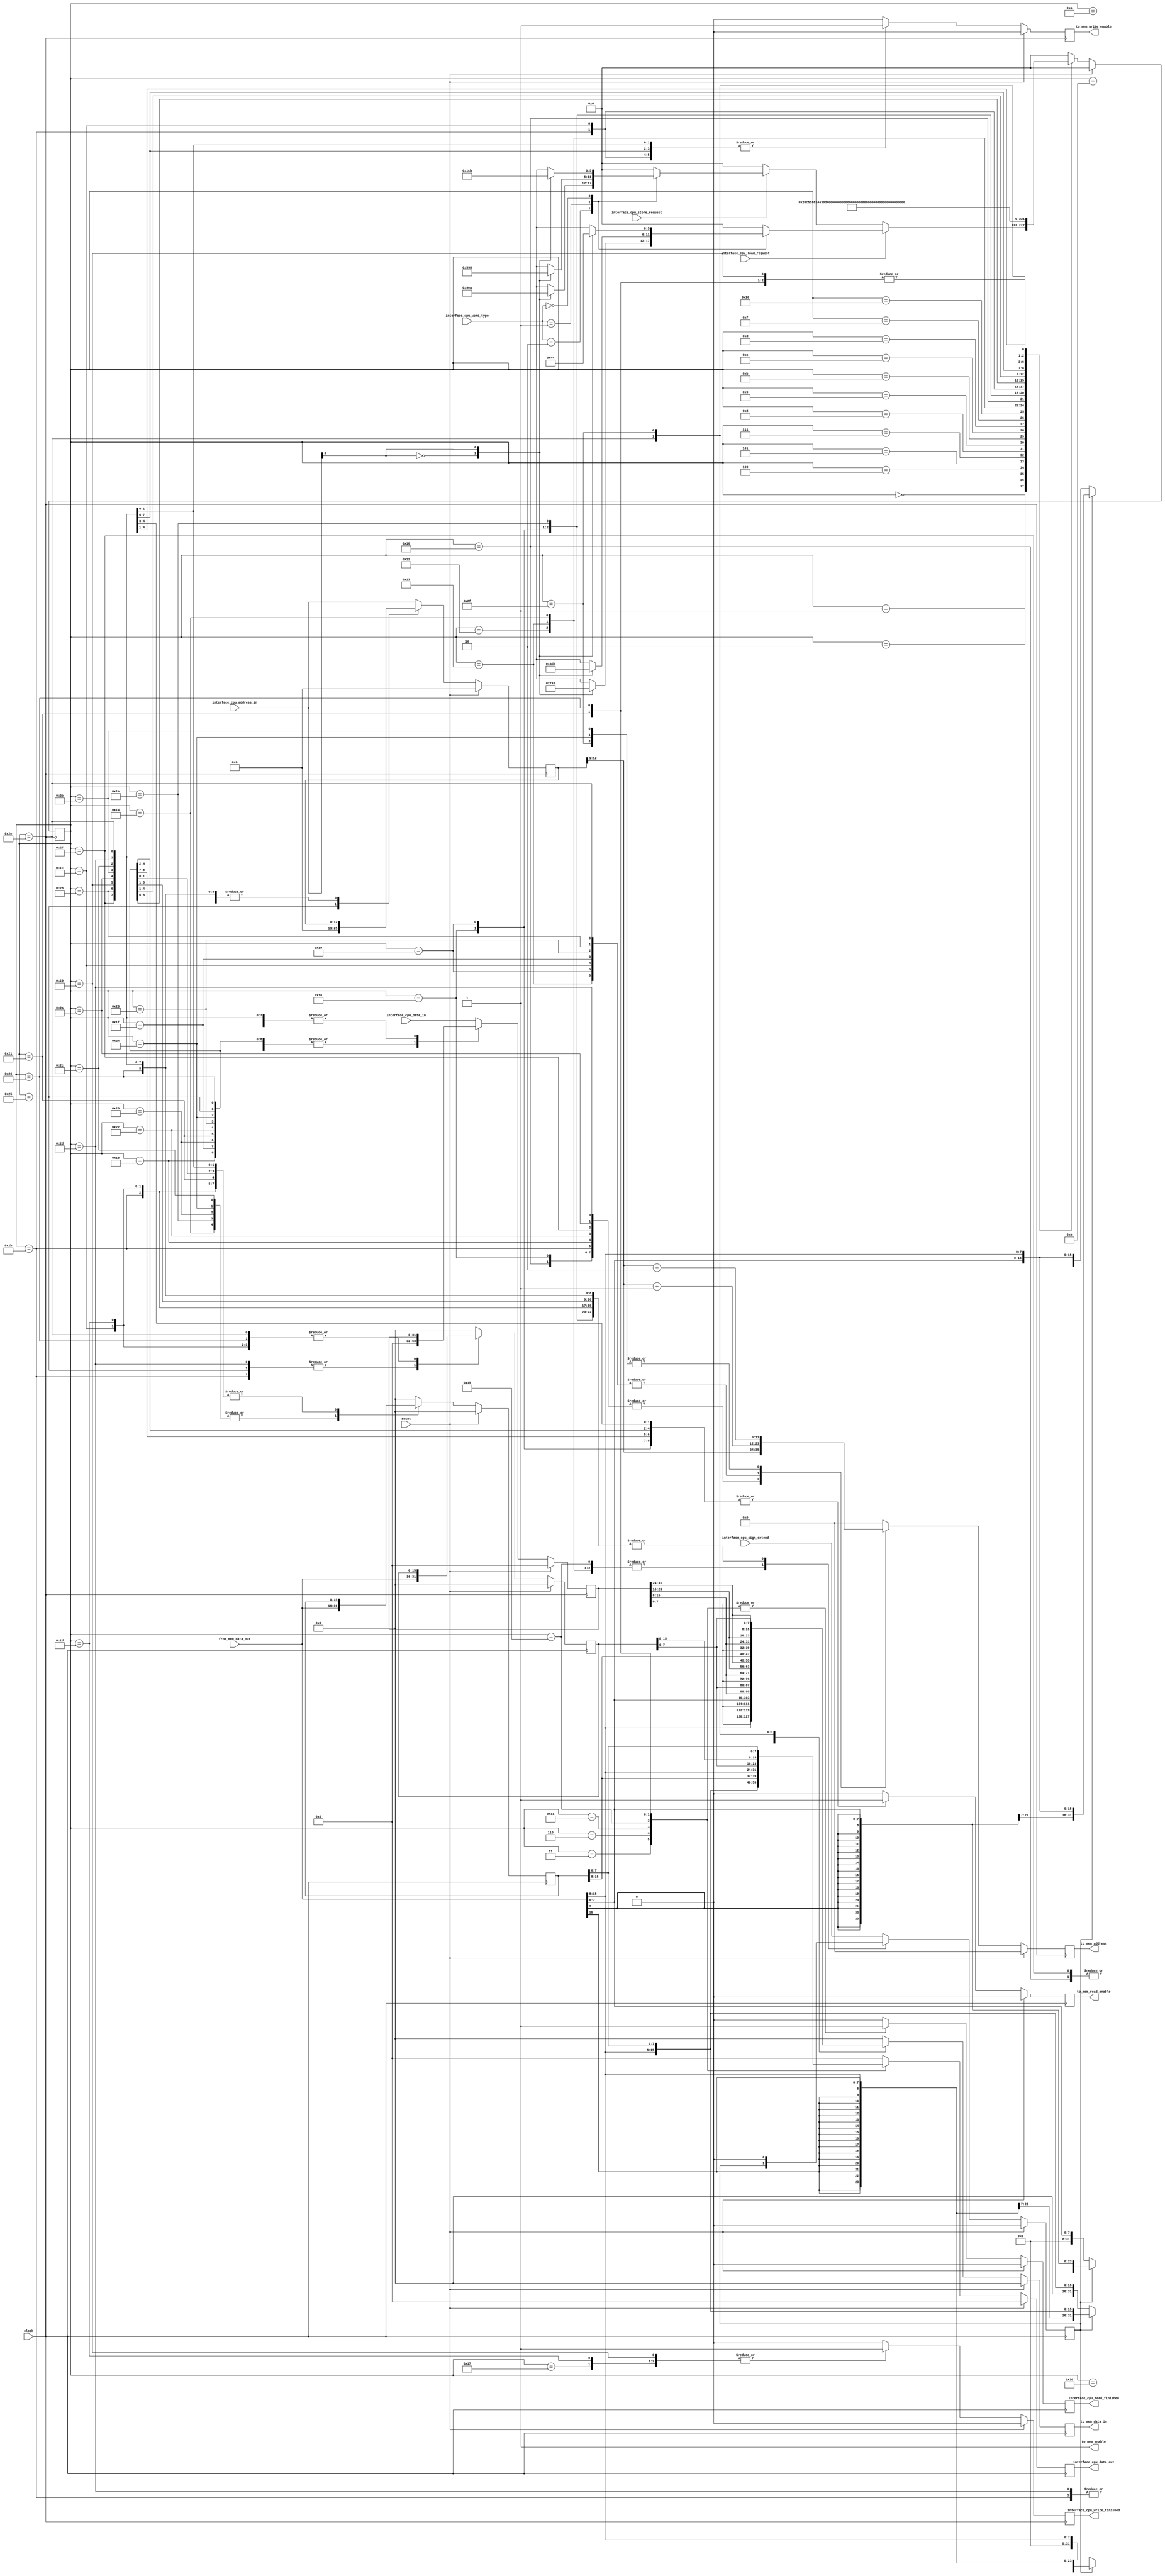
// AUTHORS Group 06 / Lukas Boland
// Friday 08/11/2017

// codes for word_type
`define WORD     2'b10
`define HALFWORD 2'b01
`define BYTE     2'b00

// codes for alignment
`define ALIGNED   1'b0
`define UNALIGNED 1'b1


module memory_interface_simple(

clock                         ,
reset                         ,
interface_cpu_sign_extend     ,
interface_cpu_word_type       ,
interface_cpu_load_request    ,
interface_cpu_store_request   ,
interface_cpu_address_in      ,
interface_cpu_data_in         ,
from_mem_data_out             ,

interface_cpu_read_finished   ,
interface_cpu_write_finished  ,
interface_cpu_data_out ,
to_mem_address            ,
to_mem_data_in            ,
to_mem_read_enable        ,
to_mem_write_enable       ,

to_mem_enable
        
  );


input wire        clock;
input wire        reset;
input wire        interface_cpu_sign_extend;
input wire  [1:0] interface_cpu_word_type;
input wire        interface_cpu_load_request;
input wire        interface_cpu_store_request;
input wire [12:0] interface_cpu_address_in;
input wire [31:0] interface_cpu_data_in;
input wire [15:0] from_mem_data_out;

  
       reg  [5:0] state                        ;
output reg        interface_cpu_read_finished  ;
output reg        interface_cpu_write_finished ;
output reg [31:0] interface_cpu_data_out       ;

       reg [15:0] tmp_value_1            ;
       reg [15:0] tmp_value_2            ;
       reg [31:0] cpu_data_in            ;
       reg [12:0] cpu_address_in         ;
       reg        sign_extend            ;
       
output reg [11:0] to_mem_address            ;
output reg [15:0] to_mem_data_in            ;

output reg        to_mem_read_enable        ;
output reg        to_mem_write_enable       ;   

output wire       to_mem_enable             ;
assign to_mem_enable = 1;
        
        
reg  [5:0] next_state                         ;
reg        next_interface_cpu_read_finished   ;
reg        next_interface_cpu_write_finished  ;
reg [31:0] next_interface_cpu_data_out        ;

reg [15:0] next_tmp_value_1            ;
reg [15:0] next_tmp_value_2            ;
reg [31:0] next_cpu_data_in            ;
reg [12:0] next_cpu_address_in         ;
reg        next_sign_extend            ;

reg [11:0] next_to_mem_address            ;
reg [15:0] next_to_mem_data_in            ;
reg        next_to_mem_read_enable        ;
reg        next_to_mem_write_enable       ;

  
  
localparam  IDLE                         =   6'b00_0000;
localparam  LOAD_BYTE_ALIGNED_1          =   6'b00_0001;
localparam  LOAD_BYTE_ALIGNED_2          =   6'b00_0010;
localparam  LOAD_BYTE_ALIGNED_3          =   6'b00_0011;
localparam  LOAD_BYTE_UNALIGNED_1        =   6'b00_0100;
localparam  LOAD_BYTE_UNALIGNED_2        =   6'b00_0101;
localparam  LOAD_BYTE_UNALIGNED_3        =   6'b00_0110;
localparam  STORE_BYTE_ALIGNED_1         =   6'b00_0111;
localparam  STORE_BYTE_ALIGNED_2         =   6'b00_1000;
localparam  STORE_BYTE_ALIGNED_3         =   6'b00_1001;
localparam  STORE_BYTE_ALIGNED_4         =   6'b00_1010;
localparam  STORE_BYTE_UNALIGNED_1       =   6'b00_1011;
localparam  STORE_BYTE_UNALIGNED_2       =   6'b00_1100;
localparam  STORE_BYTE_UNALIGNED_3       =   6'b00_1101;
localparam  STORE_BYTE_UNALIGNED_4       =   6'b00_1110;
localparam  LOAD_HALFWORD_ALIGNED_1      =   6'b00_1111;
localparam  LOAD_HALFWORD_ALIGNED_2      =   6'b01_0000;
localparam  LOAD_HALFWORD_ALIGNED_3      =   6'b01_0001;
localparam  LOAD_HALFWORD_UNALIGNED_1    =   6'b01_0010;
localparam  LOAD_HALFWORD_UNALIGNED_2    =   6'b01_0011;
localparam  LOAD_HALFWORD_UNALIGNED_3    =   6'b01_0100;
localparam  LOAD_HALFWORD_UNALIGNED_4    =   6'b01_0101;
localparam  STORE_HALFWORD_ALIGNED_1     =   6'b01_0110;
localparam  STORE_HALFWORD_ALIGNED_2     =   6'b01_0111;
localparam  STORE_HALFWORD_UNALIGNED_1   =   6'b01_1000;
localparam  STORE_HALFWORD_UNALIGNED_2   =   6'b01_1001;
localparam  STORE_HALFWORD_UNALIGNED_3   =   6'b01_1010;
localparam  STORE_HALFWORD_UNALIGNED_4   =   6'b01_1011;
localparam  STORE_HALFWORD_UNALIGNED_5   =   6'b01_1100;
localparam  STORE_HALFWORD_UNALIGNED_6   =   6'b01_1101;
localparam  LOAD_WORD_ALIGNED_1          =   6'b01_1110;
localparam  LOAD_WORD_ALIGNED_2          =   6'b01_1111;
localparam  LOAD_WORD_ALIGNED_3          =   6'b10_0000;
localparam  LOAD_WORD_ALIGNED_4          =   6'b10_0001;
localparam  LOAD_WORD_UNALIGNED_1        =   6'b10_0010;
localparam  LOAD_WORD_UNALIGNED_2        =   6'b10_0011;
localparam  LOAD_WORD_UNALIGNED_3        =   6'b10_0100;
localparam  LOAD_WORD_UNALIGNED_4        =   6'b10_0101;
localparam  LOAD_WORD_UNALIGNED_5        =   6'b10_0110;
localparam  STORE_WORD_ALIGNED_1         =   6'b10_0111;
localparam  STORE_WORD_ALIGNED_2         =   6'b10_1000;
localparam  STORE_WORD_ALIGNED_3         =   6'b10_1001;
localparam  STORE_WORD_UNALIGNED_1       =   6'b10_1010;
localparam  STORE_WORD_UNALIGNED_2       =   6'b10_1011;
localparam  STORE_WORD_UNALIGNED_3       =   6'b10_1100;
localparam  STORE_WORD_UNALIGNED_4       =   6'b10_1101;
localparam  STORE_WORD_UNALIGNED_5       =   6'b10_1110;
localparam  STORE_WORD_UNALIGNED_6       =   6'b10_1111;
localparam  STORE_WORD_UNALIGNED_7       =   6'b11_0000;
localparam  FINISHED                     =   6'b11_0001;
                                           
                                           
                                           
                                           
                                           
// 6'b00_0000;                                
// 6'b00_0001;                                
// 6'b00_0010;                                
// 6'b00_0011;                                
// 6'b00_0100;                                
// 6'b00_0101;                                
// 6'b00_0110;                                
// 6'b00_0111;                                
// 6'b00_1000;                                
// 6'b00_1001;                                
// 6'b00_1010;                                
// 6'b00_1011;                                
// 6'b00_1100;                                
// 6'b00_1101;                                
// 6'b00_1110;                                
// 6'b00_1111;
// 6'b01_0000;
// 6'b01_0001;                                
// 6'b01_0010;                                
// 6'b01_0011;
// 6'b01_0100;
// 6'b01_0101;
// 6'b01_0110;
// 6'b01_0111;
// 6'b01_1000;
// 6'b01_1001;
// 6'b01_1010;
// 6'b01_1011;
// 6'b01_1100;
// 6'b01_1101;
// 6'b01_1110;
// 6'b01_1111;
// 6'b10_0000;
// 6'b10_0001;
// 6'b10_0010;
// 6'b10_0011;
// 6'b10_0100;
// 6'b10_0101;
// 6'b10_0110;
// 6'b10_0111;
// 6'b10_1000;
// 6'b10_1001;
// 6'b10_1010;
// 6'b10_1011;
// 6'b10_1100;
// 6'b10_1101;
// 6'b10_1110;
// 6'b10_1111;
// 6'b11_0000;
// 6'b11_0001;
// 6'b11_0010;
// 6'b11_0011;
// 6'b11_0100;
// 6'b11_0101;
// 6'b11_0110;
// 6'b11_0111;
// 6'b11_1000;
// 6'b11_1001;
// 6'b11_1010;
// 6'b11_1011;
// 6'b11_1100;
// 6'b11_1101;
// 6'b11_1110;
// 6'b11_1111;





// output flipflops
  always @(posedge clock) begin
    if (reset) begin
        state                                 <= IDLE;
        interface_cpu_read_finished           <= 0;
        interface_cpu_write_finished          <= 0;
        interface_cpu_data_out                <= 0;
                                              
        tmp_value_1                           <= 0;
        tmp_value_2                           <= 0;
        cpu_data_in                           <= 0;
        cpu_address_in                        <= 0;
        sign_extend                           <= 0;
                                              
        to_mem_address                           <= 0;
        to_mem_data_in                           <= 0;
        to_mem_read_enable                       <= 0;
        to_mem_write_enable                      <= 0;
        
    end
    else begin
        state                                 <= next_state                  ;
        interface_cpu_read_finished           <= next_interface_cpu_read_finished          ;
        interface_cpu_write_finished          <= next_interface_cpu_write_finished         ;
        interface_cpu_data_out                <= next_interface_cpu_data_out ;
                                              
        tmp_value_1                           <= next_tmp_value_1            ;
        tmp_value_2                           <= next_tmp_value_2            ;
        cpu_data_in                           <= next_cpu_data_in            ;
        cpu_address_in                        <= next_cpu_address_in         ;
        sign_extend                           <= next_sign_extend            ;
                                              
        to_mem_address                           <= next_to_mem_address            ;
        to_mem_data_in                           <= next_to_mem_data_in            ;
        to_mem_read_enable                       <= next_to_mem_read_enable        ;
        to_mem_write_enable                      <= next_to_mem_write_enable       ;
    end
  end

  // state transition logic
  always @(*) begin
   case (state)
   
     IDLE: begin
       if (interface_cpu_load_request) begin
        case(interface_cpu_word_type)
            `WORD: begin
                case(interface_cpu_address_in[0])
                    `ALIGNED   : next_state = LOAD_WORD_ALIGNED_1;
                    `UNALIGNED : next_state = LOAD_WORD_UNALIGNED_1;
                endcase
                end
            `HALFWORD: begin
                case(interface_cpu_address_in[0])
                    `ALIGNED   : next_state = LOAD_HALFWORD_ALIGNED_1;
                    `UNALIGNED : next_state = LOAD_HALFWORD_UNALIGNED_1;
                endcase
                end
            `BYTE: begin
                case(interface_cpu_address_in[0])
                    `ALIGNED   : next_state = LOAD_BYTE_ALIGNED_1;
                    `UNALIGNED : next_state = LOAD_BYTE_UNALIGNED_1;
                endcase
                end
			default: next_state = IDLE;
        endcase
       end 
       else if(interface_cpu_store_request) begin
        case(interface_cpu_word_type)
            `WORD: begin
                case(interface_cpu_address_in[0])
                    `ALIGNED   : next_state = STORE_WORD_ALIGNED_1;
                    `UNALIGNED : next_state = STORE_WORD_UNALIGNED_1;
                endcase
                end
            `HALFWORD: begin
                case(interface_cpu_address_in[0])
                    `ALIGNED   : next_state = STORE_HALFWORD_ALIGNED_1;
                    `UNALIGNED : next_state = STORE_HALFWORD_UNALIGNED_1;
                endcase
                end
            `BYTE: begin
                case(interface_cpu_address_in[0])
                    `ALIGNED   : next_state = STORE_BYTE_ALIGNED_1;
                    `UNALIGNED : next_state = STORE_BYTE_UNALIGNED_1;
                endcase
                end
			default: next_state = IDLE;
        endcase
       end 
       else begin
           next_state = IDLE;
       end
     end 
     
     
     
     FINISHED: begin
         next_state = IDLE;
     end
     
     

 // ******************************************************************************************* 
     LOAD_BYTE_ALIGNED_1: begin
         next_state = LOAD_BYTE_ALIGNED_2;
     end
     
     LOAD_BYTE_ALIGNED_2: begin
         next_state = LOAD_BYTE_ALIGNED_3;
     end
     
     LOAD_BYTE_ALIGNED_3: begin
         next_state = FINISHED;
     end
     
 // *******************************************************************************************      
     LOAD_BYTE_UNALIGNED_1: begin
         next_state = LOAD_BYTE_UNALIGNED_2;
     end
     
     LOAD_BYTE_UNALIGNED_2: begin
         next_state = LOAD_BYTE_UNALIGNED_3;
     end
     
     LOAD_BYTE_UNALIGNED_3: begin
         next_state = FINISHED;
     end
     
// *******************************************************************************************     
     STORE_BYTE_ALIGNED_1: begin
         next_state = STORE_BYTE_ALIGNED_2;
     end
     
     STORE_BYTE_ALIGNED_2: begin
         next_state = STORE_BYTE_ALIGNED_3;
     end
     
     STORE_BYTE_ALIGNED_3: begin
         next_state = STORE_BYTE_ALIGNED_4;
     end
     
     STORE_BYTE_ALIGNED_4: begin
         next_state = FINISHED;
     end
     
// ******************************************************************************************* 
     STORE_BYTE_UNALIGNED_1: begin
         next_state = STORE_BYTE_UNALIGNED_2;
     end
     
     STORE_BYTE_UNALIGNED_2: begin
         next_state = STORE_BYTE_UNALIGNED_3;
     end
     
     STORE_BYTE_UNALIGNED_3: begin
         next_state = STORE_BYTE_UNALIGNED_4;
     end
     
     STORE_BYTE_UNALIGNED_4: begin
         next_state = FINISHED;
     end
     
 // ******************************************************************************************* 
     LOAD_HALFWORD_ALIGNED_1: begin
         next_state = LOAD_HALFWORD_ALIGNED_2;
     end
     
     LOAD_HALFWORD_ALIGNED_2: begin
         next_state = LOAD_HALFWORD_ALIGNED_3;
     end
     
     LOAD_HALFWORD_ALIGNED_3: begin
         next_state = FINISHED;
     end

 // ******************************************************************************************* 
     LOAD_HALFWORD_UNALIGNED_1: begin
         next_state = LOAD_HALFWORD_UNALIGNED_2;
     end
     
     LOAD_HALFWORD_UNALIGNED_2: begin
         next_state = LOAD_HALFWORD_UNALIGNED_3;
     end
     
     LOAD_HALFWORD_UNALIGNED_3: begin
         next_state = LOAD_HALFWORD_UNALIGNED_4;
     end
     
     LOAD_HALFWORD_UNALIGNED_4: begin
         next_state = FINISHED;
     end
     
 // ******************************************************************************************* 
     STORE_HALFWORD_ALIGNED_1: begin
         next_state = STORE_HALFWORD_ALIGNED_2;
     end
         
     STORE_HALFWORD_ALIGNED_2: begin
         next_state = FINISHED;
     end
     
 // ******************************************************************************************* 
     STORE_HALFWORD_UNALIGNED_1: begin
         next_state = STORE_HALFWORD_UNALIGNED_2;
     end
         
     STORE_HALFWORD_UNALIGNED_2: begin
         next_state = STORE_HALFWORD_UNALIGNED_3;
     end
     
     STORE_HALFWORD_UNALIGNED_3: begin
         next_state = STORE_HALFWORD_UNALIGNED_4;
     end
         
     STORE_HALFWORD_UNALIGNED_4: begin
         next_state = STORE_HALFWORD_UNALIGNED_5;
     end
     
     STORE_HALFWORD_UNALIGNED_5: begin
         next_state = STORE_HALFWORD_UNALIGNED_6;
     end
     
     STORE_HALFWORD_UNALIGNED_6: begin
         next_state = FINISHED;
     end
     
 // ******************************************************************************************* 
     LOAD_WORD_ALIGNED_1: begin
         next_state = LOAD_WORD_ALIGNED_2;
     end
     
     LOAD_WORD_ALIGNED_2: begin
         next_state = LOAD_WORD_ALIGNED_3;
     end
     
     LOAD_WORD_ALIGNED_3: begin
         next_state = LOAD_WORD_ALIGNED_4;
     end
     
     LOAD_WORD_ALIGNED_4: begin
         next_state = FINISHED;
     end
     
 // ******************************************************************************************* 
     LOAD_WORD_UNALIGNED_1: begin
         next_state = LOAD_WORD_UNALIGNED_2;
     end
     
     LOAD_WORD_UNALIGNED_2: begin
         next_state = LOAD_WORD_UNALIGNED_3;
     end
     
     LOAD_WORD_UNALIGNED_3: begin
         next_state = LOAD_WORD_UNALIGNED_4;
     end
     
     LOAD_WORD_UNALIGNED_4: begin
         next_state = LOAD_WORD_UNALIGNED_5;
     end
     
     LOAD_WORD_UNALIGNED_5: begin
         next_state = FINISHED;
     end
     
 // ******************************************************************************************* 
     STORE_WORD_ALIGNED_1: begin
         next_state = STORE_WORD_ALIGNED_2;
     end
     
     STORE_WORD_ALIGNED_2: begin
         next_state = STORE_WORD_ALIGNED_3;
     end
     
     STORE_WORD_ALIGNED_3: begin
         next_state = FINISHED;
     end
     
 // ******************************************************************************************* 
     STORE_WORD_UNALIGNED_1: begin
         next_state = STORE_WORD_UNALIGNED_2;
     end
     
     STORE_WORD_UNALIGNED_2: begin
         next_state = STORE_WORD_UNALIGNED_3;
     end
     
     STORE_WORD_UNALIGNED_3: begin
         next_state = STORE_WORD_UNALIGNED_4;
     end
     
     STORE_WORD_UNALIGNED_4: begin
         next_state = STORE_WORD_UNALIGNED_5;
     end
     
     STORE_WORD_UNALIGNED_5: begin
         next_state = STORE_WORD_UNALIGNED_6;
     end
     
     STORE_WORD_UNALIGNED_6: begin
         next_state = STORE_WORD_UNALIGNED_7;
     end
     
     STORE_WORD_UNALIGNED_7: begin
         next_state = FINISHED;
     end

 // ******************************************************************************************* 
	default: begin
		next_state = IDLE;
	end

   endcase // state
  end
  


// output logic
  always @(*) begin
    case (state)

    IDLE: begin
      next_interface_cpu_read_finished            = 0;
      next_interface_cpu_write_finished           = 0;
      next_interface_cpu_data_out   = 0;
      
      next_tmp_value_1              = 0;
      next_tmp_value_2              = 0;
      next_cpu_data_in              = interface_cpu_data_in;
      next_cpu_address_in           = interface_cpu_address_in;
      next_sign_extend              = interface_cpu_sign_extend;

      next_to_mem_address              = 0;
      next_to_mem_data_in              = 0;
      next_to_mem_read_enable          = 0;
      next_to_mem_write_enable         = 0;

    end 
    
    
    
    FINISHED: begin
      next_interface_cpu_read_finished            = 0;
      next_interface_cpu_write_finished           = 0;
      next_interface_cpu_data_out   = 0;
      
      next_tmp_value_1              = 0;
      next_tmp_value_2              = 0;
      next_cpu_data_in              = interface_cpu_data_in;
      next_cpu_address_in           = interface_cpu_address_in;
      next_sign_extend              = interface_cpu_sign_extend;

      next_to_mem_address              = 0;
      next_to_mem_data_in              = 0;
      next_to_mem_read_enable          = 0;
      next_to_mem_write_enable         = 0;

    end 

// *******************************************************************************************    
    LOAD_BYTE_ALIGNED_1: begin
      next_interface_cpu_read_finished            = 0;
      next_interface_cpu_write_finished           = 0;
      next_interface_cpu_data_out   = 0;
      
      next_tmp_value_1              = 0;
      next_tmp_value_2              = 0;
      next_cpu_data_in              = 0;
      next_cpu_address_in           = cpu_address_in;
      next_sign_extend              = sign_extend;

      next_to_mem_address              = cpu_address_in[12:1];
      next_to_mem_data_in              = 0;
      next_to_mem_read_enable          = 1;
      next_to_mem_write_enable         = 0;

    end 
    
    LOAD_BYTE_ALIGNED_2: begin
      next_interface_cpu_read_finished            = 0;
      next_interface_cpu_write_finished           = 0;
      next_interface_cpu_data_out   = 0;
      
      next_tmp_value_1              = 0;
      next_tmp_value_2              = 0;
      next_cpu_data_in              = 0;
      next_cpu_address_in           = cpu_address_in;
      next_sign_extend              = sign_extend;

      next_to_mem_address              = 0;
      next_to_mem_data_in              = 0;
      next_to_mem_read_enable          = 0;
      next_to_mem_write_enable         = 0;

    end 

    LOAD_BYTE_ALIGNED_3: begin
      next_interface_cpu_read_finished            = 1;
      next_interface_cpu_write_finished           = 0;
      next_interface_cpu_data_out   = (sign_extend) ? { {24 {from_mem_data_out[7]}}, from_mem_data_out[7:0]} : { 24'h000000, from_mem_data_out[7:0]};
      
      next_tmp_value_1              = 0;
      next_tmp_value_2              = 0;
      next_cpu_data_in              = 0;
      next_cpu_address_in           = cpu_address_in;
      next_sign_extend              = sign_extend;

      next_to_mem_address              = 0;
      next_to_mem_data_in              = 0;
      next_to_mem_read_enable          = 0;
      next_to_mem_write_enable         = 0;

    end 
    
// *******************************************************************************************
    LOAD_BYTE_UNALIGNED_1: begin
      next_interface_cpu_read_finished            = 0;
      next_interface_cpu_write_finished           = 0;
      next_interface_cpu_data_out   = 0;
      
      next_tmp_value_1              = 0;
      next_tmp_value_2              = 0;
      next_cpu_data_in              = 0;
      next_cpu_address_in           = cpu_address_in;
      next_sign_extend              = sign_extend;

      next_to_mem_address              = cpu_address_in[12:1];
      next_to_mem_data_in              = 0;
      next_to_mem_read_enable          = 1;
      next_to_mem_write_enable         = 0;

    end 
    
    LOAD_BYTE_UNALIGNED_2: begin
      next_interface_cpu_read_finished            = 0;
      next_interface_cpu_write_finished           = 0;
      next_interface_cpu_data_out   = 0;
      
      next_tmp_value_1              = 0;
      next_tmp_value_2              = 0;
      next_cpu_data_in              = 0;
      next_cpu_address_in           = cpu_address_in;
      next_sign_extend              = sign_extend;

      next_to_mem_address              = 0;
      next_to_mem_data_in              = 0;
      next_to_mem_read_enable          = 0;
      next_to_mem_write_enable         = 0;

    end 

    LOAD_BYTE_UNALIGNED_3: begin
      next_interface_cpu_read_finished            = 1;
      next_interface_cpu_write_finished           = 0;
      next_interface_cpu_data_out   = (sign_extend) ? { {24 {from_mem_data_out[15]}}, from_mem_data_out[15:8]} : { 24'h000000, from_mem_data_out[15:8]};
      
      next_tmp_value_1              = 0;
      next_tmp_value_2              = 0;
      next_cpu_data_in              = 0;
      next_cpu_address_in           = cpu_address_in;
      next_sign_extend              = sign_extend;

      next_to_mem_address              = 0;
      next_to_mem_data_in              = 0;
      next_to_mem_read_enable          = 0;
      next_to_mem_write_enable         = 0;

    end 
    
// *******************************************************************************************
    STORE_BYTE_ALIGNED_1: begin
      next_interface_cpu_read_finished            = 0;
      next_interface_cpu_write_finished           = 0;
      next_interface_cpu_data_out   = 0;
      
      next_tmp_value_1              = 0;
      next_tmp_value_2              = 0;
      next_cpu_data_in              = cpu_data_in;
      next_cpu_address_in           = cpu_address_in;
      next_sign_extend              = 0;

      next_to_mem_address              = cpu_address_in[12:1];
      next_to_mem_data_in              = 0;
      next_to_mem_read_enable          = 1;
      next_to_mem_write_enable         = 0;

    end 
    
    STORE_BYTE_ALIGNED_2: begin
      next_interface_cpu_read_finished            = 0;
      next_interface_cpu_write_finished           = 0;
      next_interface_cpu_data_out   = 0;
      
      next_tmp_value_1              = 0;
      next_tmp_value_2              = 0;
      next_cpu_data_in              = cpu_data_in;
      next_cpu_address_in           = cpu_address_in;
      next_sign_extend              = sign_extend;

      next_to_mem_address              = 0;
      next_to_mem_data_in              = 0;
      next_to_mem_read_enable          = 0;
      next_to_mem_write_enable         = 0;

    end 

    STORE_BYTE_ALIGNED_3: begin
      next_interface_cpu_read_finished            = 0;
      next_interface_cpu_write_finished           = 0;
      next_interface_cpu_data_out   = 0;
      
      next_tmp_value_1              = 0;
      next_tmp_value_2              = 0;
      next_cpu_data_in              = cpu_data_in;
      next_cpu_address_in           = cpu_address_in;
      next_sign_extend              = 0;

      next_to_mem_address              = cpu_address_in[12:1];
      next_to_mem_data_in              = {from_mem_data_out[15:8], cpu_data_in[7:0]};
      next_to_mem_read_enable          = 0;
      next_to_mem_write_enable         = 1;

    end    
    
    STORE_BYTE_ALIGNED_4: begin
      next_interface_cpu_read_finished            = 0;
      next_interface_cpu_write_finished           = 1;
      next_interface_cpu_data_out   = 0;
      
      next_tmp_value_1              = 0;
      next_tmp_value_2              = 0;
      next_cpu_data_in              = cpu_data_in;
      next_cpu_address_in           = cpu_address_in;
      next_sign_extend              = 0;

      next_to_mem_address              = 0;
      next_to_mem_data_in              = 0;
      next_to_mem_read_enable          = 0;
      next_to_mem_write_enable         = 0;

    end    
    
// *******************************************************************************************
    STORE_BYTE_UNALIGNED_1: begin
      next_interface_cpu_read_finished            = 0;
      next_interface_cpu_write_finished           = 0;
      next_interface_cpu_data_out   = 0;
      
      next_tmp_value_1              = 0;
      next_tmp_value_2              = 0;
      next_cpu_data_in              = cpu_data_in;
      next_cpu_address_in           = cpu_address_in;
      next_sign_extend              = 0;

      next_to_mem_address              = cpu_address_in[12:1];
      next_to_mem_data_in              = 0;
      next_to_mem_read_enable          = 1;
      next_to_mem_write_enable         = 0;

    end 
    
    STORE_BYTE_UNALIGNED_2: begin
      next_interface_cpu_read_finished            = 0;
      next_interface_cpu_write_finished           = 0;
      next_interface_cpu_data_out   = 0;
      
      next_tmp_value_1              = 0;
      next_tmp_value_2              = 0;
      next_cpu_data_in              = cpu_data_in;
      next_cpu_address_in           = cpu_address_in;
      next_sign_extend              = sign_extend;

      next_to_mem_address              = 0;
      next_to_mem_data_in              = 0;
      next_to_mem_read_enable          = 0;
      next_to_mem_write_enable         = 0;

    end 

    STORE_BYTE_UNALIGNED_3: begin
      next_interface_cpu_read_finished            = 0;
      next_interface_cpu_write_finished           = 0;
      next_interface_cpu_data_out   = 0;
      
      next_tmp_value_1              = 0;
      next_tmp_value_2              = 0;
      next_cpu_data_in              = cpu_data_in;
      next_cpu_address_in           = cpu_address_in;
      next_sign_extend              = 0;

      next_to_mem_address              = cpu_address_in[12:1];
      next_to_mem_data_in              = {cpu_data_in[7:0], from_mem_data_out[7:0]};
      next_to_mem_read_enable          = 0;
      next_to_mem_write_enable         = 1;

    end    
    
    STORE_BYTE_UNALIGNED_4: begin
      next_interface_cpu_read_finished            = 0;
      next_interface_cpu_write_finished           = 1;
      next_interface_cpu_data_out   = 0;
      
      next_tmp_value_1              = 0;
      next_tmp_value_2              = 0;
      next_cpu_data_in              = cpu_data_in;
      next_cpu_address_in           = cpu_address_in;
      next_sign_extend              = 0;

      next_to_mem_address              = 0;
      next_to_mem_data_in              = 0;
      next_to_mem_read_enable          = 0;
      next_to_mem_write_enable         = 0;

    end    
    
// *******************************************************************************************
    LOAD_HALFWORD_ALIGNED_1: begin
      next_interface_cpu_read_finished            = 0;
      next_interface_cpu_write_finished           = 0;
      next_interface_cpu_data_out   = 0;
      
      next_tmp_value_1              = 0;
      next_tmp_value_2              = 0;
      next_cpu_data_in              = 0;
      next_cpu_address_in           = cpu_address_in;
      next_sign_extend              = sign_extend;

      next_to_mem_address              = cpu_address_in[12:1];
      next_to_mem_data_in              = 0;
      next_to_mem_read_enable          = 1;
      next_to_mem_write_enable         = 0;

    end 

    LOAD_HALFWORD_ALIGNED_2: begin
      next_interface_cpu_read_finished            = 0;
      next_interface_cpu_write_finished           = 0;
      next_interface_cpu_data_out   = 0;
      
      next_tmp_value_1              = 0;
      next_tmp_value_2              = 0;
      next_cpu_data_in              = 0;
      next_cpu_address_in           = cpu_address_in;
      next_sign_extend              = sign_extend;

      next_to_mem_address              = 0;
      next_to_mem_data_in              = 0;
      next_to_mem_read_enable          = 0;
      next_to_mem_write_enable         = 0;

    end 
    
    LOAD_HALFWORD_ALIGNED_3: begin
      next_interface_cpu_read_finished            = 1;
      next_interface_cpu_write_finished           = 0;
      next_interface_cpu_data_out   = (sign_extend) ? { {16 {from_mem_data_out[7]}}, from_mem_data_out[7:0], from_mem_data_out[15:8]} : { 16'h0000, from_mem_data_out[7:0], from_mem_data_out[15:8]}; // little endian im speicher
      
      next_tmp_value_1              = 0;
      next_tmp_value_2              = 0;
      next_cpu_data_in              = 0;
      next_cpu_address_in           = cpu_address_in;
      next_sign_extend              = sign_extend;

      next_to_mem_address              = 0;
      next_to_mem_data_in              = 0;
      next_to_mem_read_enable          = 0;
      next_to_mem_write_enable         = 0;

    end 
    
   
 // *******************************************************************************************   
     LOAD_HALFWORD_UNALIGNED_1: begin
      next_interface_cpu_read_finished            = 0;
      next_interface_cpu_write_finished           = 0;
      next_interface_cpu_data_out   = 0;
      
      next_tmp_value_1              = 0;
      next_tmp_value_2              = 0;
      next_cpu_data_in              = 0;
      next_cpu_address_in           = cpu_address_in;
      next_sign_extend              = sign_extend;

      next_to_mem_address              = cpu_address_in[12:1];
      next_to_mem_data_in              = 0;
      next_to_mem_read_enable          = 1;
      next_to_mem_write_enable         = 0;

    end 

    LOAD_HALFWORD_UNALIGNED_2: begin
      next_interface_cpu_read_finished            = 0;
      next_interface_cpu_write_finished           = 0;
      next_interface_cpu_data_out   = 0;
      
      next_tmp_value_1              = 0;
      next_tmp_value_2              = 0;
      next_cpu_data_in              = 0;
      next_cpu_address_in           = cpu_address_in;
      next_sign_extend              = sign_extend;

      next_to_mem_address              = cpu_address_in[12:1] + 1;
      next_to_mem_data_in              = 0;
      next_to_mem_read_enable          = 1;
      next_to_mem_write_enable         = 0;

    end 
    
    LOAD_HALFWORD_UNALIGNED_3: begin
      next_interface_cpu_read_finished            = 0;
      next_interface_cpu_write_finished           = 0;
      next_interface_cpu_data_out   = 0;
      
      next_tmp_value_1              = from_mem_data_out;
      next_tmp_value_2              = 0;
      next_cpu_data_in              = 0;
      next_cpu_address_in           = cpu_address_in;
      next_sign_extend              = sign_extend;

      next_to_mem_address              = 0;
      next_to_mem_data_in              = 0;
      next_to_mem_read_enable          = 0;
      next_to_mem_write_enable         = 0;

    end 
    
    LOAD_HALFWORD_UNALIGNED_4: begin
      next_interface_cpu_read_finished            = 1;
      next_interface_cpu_write_finished           = 0;
      next_interface_cpu_data_out   = (sign_extend) ? { {16 {from_mem_data_out[15]}}, from_mem_data_out[15:8], tmp_value_1[7:0]} : { 16'h0000, from_mem_data_out[15:8], tmp_value_1[7:0]}; // little endian im speicher
      
      next_tmp_value_1              = tmp_value_1;
      next_tmp_value_2              = 0;
      next_cpu_data_in              = 0;
      next_cpu_address_in           = cpu_address_in;
      next_sign_extend              = sign_extend;

      next_to_mem_address              = 0;
      next_to_mem_data_in              = 0;
      next_to_mem_read_enable          = 0;
      next_to_mem_write_enable         = 0;

    end 
   
 // *******************************************************************************************    
    STORE_HALFWORD_ALIGNED_1: begin
      next_interface_cpu_read_finished            = 0;
      next_interface_cpu_write_finished           = 0;
      next_interface_cpu_data_out   = 0;
      
      next_tmp_value_1              = 0;
      next_tmp_value_2              = 0;
      next_cpu_data_in              = cpu_data_in; 
      next_cpu_address_in           = cpu_address_in;
      next_sign_extend              = 0;

      next_to_mem_address              = cpu_address_in[12:1];
      next_to_mem_data_in              = {cpu_data_in[7:0], cpu_data_in[15:8]}; // little endian im speicher
      next_to_mem_read_enable          = 0;
      next_to_mem_write_enable         = 1;

    end 

    STORE_HALFWORD_ALIGNED_2: begin
      next_interface_cpu_read_finished            = 0;
      next_interface_cpu_write_finished           = 1;
      next_interface_cpu_data_out   = 0;
      
      next_tmp_value_1              = 0;
      next_tmp_value_2              = 0;
      next_cpu_data_in              = cpu_data_in;
      next_cpu_address_in           = cpu_address_in;
      next_sign_extend              = 0;

      next_to_mem_address              = 0;
      next_to_mem_data_in              = 0;
      next_to_mem_read_enable          = 0;
      next_to_mem_write_enable         = 0;

    end 
   
 // *******************************************************************************************   
    STORE_HALFWORD_UNALIGNED_1: begin
      next_interface_cpu_read_finished            = 0;
      next_interface_cpu_write_finished           = 0;
      next_interface_cpu_data_out   = 0;
      
      next_tmp_value_1              = 0;
      next_tmp_value_2              = 0;
      next_cpu_data_in              = cpu_data_in; 
      next_cpu_address_in           = cpu_address_in;
      next_sign_extend              = 0;

      next_to_mem_address              = cpu_address_in[12:1];
      next_to_mem_data_in              = 0;
      next_to_mem_read_enable          = 1;
      next_to_mem_write_enable         = 0;

    end 

    STORE_HALFWORD_UNALIGNED_2: begin
      next_interface_cpu_read_finished            = 0;
      next_interface_cpu_write_finished           = 0;
      next_interface_cpu_data_out   = 0;
      
      next_tmp_value_1              = 0;
      next_tmp_value_2              = 0;
      next_cpu_data_in              = cpu_data_in;
      next_cpu_address_in           = cpu_address_in;
      next_sign_extend              = 0;

      next_to_mem_address              = cpu_address_in[12:1] + 1;
      next_to_mem_data_in              = 0;
      next_to_mem_read_enable          = 1;
      next_to_mem_write_enable         = 0;

    end 
    
    STORE_HALFWORD_UNALIGNED_3: begin
      next_interface_cpu_read_finished            = 0;
      next_interface_cpu_write_finished           = 0;
      next_interface_cpu_data_out   = 0;
      
      next_tmp_value_1              = from_mem_data_out;
      next_tmp_value_2              = 0;
      next_cpu_data_in              = cpu_data_in;
      next_cpu_address_in           = cpu_address_in;
      next_sign_extend              = 0;

      next_to_mem_address              = 0;
      next_to_mem_data_in              = 0;
      next_to_mem_read_enable          = 0;
      next_to_mem_write_enable         = 0;

    end 
    
    STORE_HALFWORD_UNALIGNED_4: begin
      next_interface_cpu_read_finished            = 0;
      next_interface_cpu_write_finished           = 0;
      next_interface_cpu_data_out   = 0;
      
      next_tmp_value_1              = tmp_value_1;
      next_tmp_value_2              = from_mem_data_out;
      next_cpu_data_in              = cpu_data_in;
      next_cpu_address_in           = cpu_address_in;
      next_sign_extend              = 0;

      next_to_mem_address              = cpu_address_in[12:1];
      next_to_mem_data_in              = {tmp_value_1[15:8], cpu_data_in[7:0]};
      next_to_mem_read_enable          = 0;
      next_to_mem_write_enable         = 1;

    end 
    
    STORE_HALFWORD_UNALIGNED_5: begin
      next_interface_cpu_read_finished            = 0;
      next_interface_cpu_write_finished           = 0;
      next_interface_cpu_data_out   = 0;
      
      next_tmp_value_1              = tmp_value_1;
      next_tmp_value_2              = tmp_value_2;
      next_cpu_data_in              = cpu_data_in;
      next_cpu_address_in           = cpu_address_in;
      next_sign_extend              = 0;

      next_to_mem_address              = cpu_address_in[12:1] + 1;
      next_to_mem_data_in              = {cpu_data_in[15:8], tmp_value_2[7:0]};
      next_to_mem_read_enable          = 0;
      next_to_mem_write_enable         = 1;

    end 
    
    STORE_HALFWORD_UNALIGNED_6: begin
      next_interface_cpu_read_finished            = 0;
      next_interface_cpu_write_finished           = 1;
      next_interface_cpu_data_out   = 0;
      
      next_tmp_value_1              = tmp_value_1;
      next_tmp_value_2              = tmp_value_2;
      next_cpu_data_in              = cpu_data_in;
      next_cpu_address_in           = cpu_address_in;
      next_sign_extend              = 0;

      next_to_mem_address              = 0;
      next_to_mem_data_in              = 0;
      next_to_mem_read_enable          = 0;
      next_to_mem_write_enable         = 0;

    end 
   
 // *******************************************************************************************   
     LOAD_WORD_ALIGNED_1: begin
      next_interface_cpu_read_finished            = 0;
      next_interface_cpu_write_finished           = 0;
      next_interface_cpu_data_out   = 0;
      
      next_tmp_value_1              = 0;
      next_tmp_value_2              = 0;
      next_cpu_data_in              = 0;
      next_cpu_address_in           = cpu_address_in;
      next_sign_extend              = 0;

      next_to_mem_address              = cpu_address_in[12:1];
      next_to_mem_data_in              = 0;
      next_to_mem_read_enable          = 1;
      next_to_mem_write_enable         = 0;

    end 

    LOAD_WORD_ALIGNED_2: begin
      next_interface_cpu_read_finished            = 0;
      next_interface_cpu_write_finished           = 0;
      next_interface_cpu_data_out   = 0;
      
      next_tmp_value_1              = 0;
      next_tmp_value_2              = 0;
      next_cpu_data_in              = 0;
      next_cpu_address_in           = cpu_address_in;
      next_sign_extend              = 0;

      next_to_mem_address              = cpu_address_in[12:1] + 1;
      next_to_mem_data_in              = 0;
      next_to_mem_read_enable          = 1;
      next_to_mem_write_enable         = 0;

    end 
    
    LOAD_WORD_ALIGNED_3: begin
      next_interface_cpu_read_finished            = 0;
      next_interface_cpu_write_finished           = 0;
      next_interface_cpu_data_out   = 0;
      
      next_tmp_value_1              = from_mem_data_out;
      next_tmp_value_2              = 0;
      next_cpu_data_in              = 0;
      next_cpu_address_in           = cpu_address_in;
      next_sign_extend              = 0;

      next_to_mem_address              = 0;
      next_to_mem_data_in              = 0;
      next_to_mem_read_enable          = 0;
      next_to_mem_write_enable         = 0;

    end 
    
    
    
    LOAD_WORD_ALIGNED_4: begin
      next_interface_cpu_read_finished            = 1;
      next_interface_cpu_write_finished           = 0;
      next_interface_cpu_data_out   = {from_mem_data_out[7:0], from_mem_data_out[15:8], tmp_value_1[7:0], tmp_value_1[15:8]}; // little endian im speicher
      
      next_tmp_value_1              = tmp_value_1;
      next_tmp_value_2              = 0;
      next_cpu_data_in              = 0;
      next_cpu_address_in           = cpu_address_in;
      next_sign_extend              = 0;

      next_to_mem_address              = 0;
      next_to_mem_data_in              = 0;
      next_to_mem_read_enable          = 0;
      next_to_mem_write_enable         = 0;

    end 
   
 // *******************************************************************************************  
      LOAD_WORD_UNALIGNED_1: begin
      next_interface_cpu_read_finished            = 0;
      next_interface_cpu_write_finished           = 0;
      next_interface_cpu_data_out   = 0;
      
      next_tmp_value_1              = 0;
      next_tmp_value_2              = 0;
      next_cpu_data_in              = 0;
      next_cpu_address_in           = cpu_address_in;
      next_sign_extend              = 0;

      next_to_mem_address              = cpu_address_in[12:1];
      next_to_mem_data_in              = 0;
      next_to_mem_read_enable          = 1;
      next_to_mem_write_enable         = 0;

    end 

    LOAD_WORD_UNALIGNED_2: begin
      next_interface_cpu_read_finished            = 0;
      next_interface_cpu_write_finished           = 0;
      next_interface_cpu_data_out   = 0;
      
      next_tmp_value_1              = 0;
      next_tmp_value_2              = 0;
      next_cpu_data_in              = 0;
      next_cpu_address_in           = cpu_address_in;
      next_sign_extend              = 0;

      next_to_mem_address              = cpu_address_in[12:1] + 1;
      next_to_mem_data_in              = 0;
      next_to_mem_read_enable          = 1;
      next_to_mem_write_enable         = 0;

    end 
    
    LOAD_WORD_UNALIGNED_3: begin
      next_interface_cpu_read_finished            = 0;
      next_interface_cpu_write_finished           = 0;
      next_interface_cpu_data_out   = 0;
      
      next_tmp_value_1              = from_mem_data_out;
      next_tmp_value_2              = 0;
      next_cpu_data_in              = 0;
      next_cpu_address_in           = cpu_address_in;
      next_sign_extend              = 0;

      next_to_mem_address              = cpu_address_in[12:1] + 2;
      next_to_mem_data_in              = 0;
      next_to_mem_read_enable          = 1;
      next_to_mem_write_enable         = 0;

    end 
    
    LOAD_WORD_UNALIGNED_4: begin
      next_interface_cpu_read_finished            = 0;
      next_interface_cpu_write_finished           = 0;
      next_interface_cpu_data_out   = 0;
      
      next_tmp_value_1              = tmp_value_1;
      next_tmp_value_2              = from_mem_data_out;
      next_cpu_data_in              = 0;
      next_cpu_address_in           = 0;
      next_sign_extend              = 0;

      next_to_mem_address              = 0;
      next_to_mem_data_in              = 0;
      next_to_mem_read_enable          = 0;
      next_to_mem_write_enable         = 0;

    end 
    
    LOAD_WORD_UNALIGNED_5: begin
      next_interface_cpu_read_finished            = 1;
      next_interface_cpu_write_finished           = 0;
      next_interface_cpu_data_out   = {from_mem_data_out[15:8], tmp_value_2[7:0], tmp_value_2[15:8], tmp_value_1[7:0]}; // little endian im speicher
      
      next_tmp_value_1              = tmp_value_1;
      next_tmp_value_2              = tmp_value_2;
      next_cpu_data_in              = 0;
      next_cpu_address_in           = cpu_address_in;
      next_sign_extend              = 0;

      next_to_mem_address              = 0;
      next_to_mem_data_in              = 0;
      next_to_mem_read_enable          = 0;
      next_to_mem_write_enable         = 0;

    end 
   
 // *******************************************************************************************  
    STORE_WORD_ALIGNED_1: begin
      next_interface_cpu_read_finished            = 0;
      next_interface_cpu_write_finished           = 0;
      next_interface_cpu_data_out   = 0;
      
      next_tmp_value_1              = 0;
      next_tmp_value_2              = 0;
      next_cpu_data_in              = cpu_data_in;
      next_cpu_address_in           = cpu_address_in;
      next_sign_extend              = 0;

      next_to_mem_address              = cpu_address_in[12:1];
      next_to_mem_data_in              = {cpu_data_in[7:0], cpu_data_in[15:8]}; // little endian im speicher;
      next_to_mem_read_enable          = 0;
      next_to_mem_write_enable         = 1;

    end 

    STORE_WORD_ALIGNED_2: begin
      next_interface_cpu_read_finished            = 0;
      next_interface_cpu_write_finished           = 0;
      next_interface_cpu_data_out   = 0;
      
      next_tmp_value_1              = 0;
      next_tmp_value_2              = 0;
      next_cpu_data_in              = cpu_data_in;
      next_cpu_address_in           = cpu_address_in;
      next_sign_extend              = 0;

      next_to_mem_address              = cpu_address_in[12:1] + 1;
      next_to_mem_data_in              = {cpu_data_in[23:16], cpu_data_in[31:24]}; // little endian im speicher;
      next_to_mem_read_enable          = 0;
      next_to_mem_write_enable         = 1;

    end 
    
    STORE_WORD_ALIGNED_3: begin
      next_interface_cpu_read_finished            = 0;
      next_interface_cpu_write_finished           = 1;
      next_interface_cpu_data_out   = 0;
      
      next_tmp_value_1              = 0;
      next_tmp_value_2              = 0;
      next_cpu_data_in              = cpu_data_in;
      next_cpu_address_in           = cpu_address_in;
      next_sign_extend              = 0;

      next_to_mem_address              = 0;
      next_to_mem_data_in              = 0;
      next_to_mem_read_enable          = 0;
      next_to_mem_write_enable         = 0;

    end 

 // *******************************************************************************************  
     STORE_WORD_UNALIGNED_1: begin
      next_interface_cpu_read_finished            = 0;
      next_interface_cpu_write_finished           = 0;
      next_interface_cpu_data_out   = 0;
      
      next_tmp_value_1              = 0;
      next_tmp_value_2              = 0;
      next_cpu_data_in              = cpu_data_in;
      next_cpu_address_in           = cpu_address_in;
      next_sign_extend              = 0;

      next_to_mem_address              = cpu_address_in[12:1];
      next_to_mem_data_in              = 0;
      next_to_mem_read_enable          = 1;
      next_to_mem_write_enable         = 0;

    end 

    STORE_WORD_UNALIGNED_2: begin
      next_interface_cpu_read_finished            = 0;
      next_interface_cpu_write_finished           = 0;
      next_interface_cpu_data_out   = 0;
      
      next_tmp_value_1              = 0;
      next_tmp_value_2              = 0;
      next_cpu_data_in              = cpu_data_in;
      next_cpu_address_in           = cpu_address_in;
      next_sign_extend              = 0;

      next_to_mem_address              = cpu_address_in[12:1] + 2;
      next_to_mem_data_in              = 0;
      next_to_mem_read_enable          = 1;
      next_to_mem_write_enable         = 0;

    end 
    
    STORE_WORD_UNALIGNED_3: begin
      next_interface_cpu_read_finished            = 0;
      next_interface_cpu_write_finished           = 0;
      next_interface_cpu_data_out   = 0;
      
      next_tmp_value_1              = from_mem_data_out;
      next_tmp_value_2              = 0;
      next_cpu_data_in              = cpu_data_in;
      next_cpu_address_in           = cpu_address_in;
      next_sign_extend              = 0;

      next_to_mem_address              = 0;
      next_to_mem_data_in              = 0;
      next_to_mem_read_enable          = 0;
      next_to_mem_write_enable         = 0;

    end 
    
    STORE_WORD_UNALIGNED_4: begin
      next_interface_cpu_read_finished            = 0;
      next_interface_cpu_write_finished           = 0;
      next_interface_cpu_data_out   = 0;
      
      next_tmp_value_1              = tmp_value_1;
      next_tmp_value_2              = from_mem_data_out;
      next_cpu_data_in              = cpu_data_in;
      next_cpu_address_in           = cpu_address_in;
      next_sign_extend              = 0;

      next_to_mem_address              = cpu_address_in[12:1];
      next_to_mem_data_in              = {tmp_value_1[15:8], cpu_data_in[7:0]} ;
      next_to_mem_read_enable          = 0;
      next_to_mem_write_enable         = 1;

    end 
    
    STORE_WORD_UNALIGNED_5: begin
      next_interface_cpu_read_finished            = 0;
      next_interface_cpu_write_finished           = 0;
      next_interface_cpu_data_out   = 0;
      
      next_tmp_value_1              = tmp_value_1;
      next_tmp_value_2              = tmp_value_2;
      next_cpu_data_in              = cpu_data_in;
      next_cpu_address_in           = cpu_address_in;
      next_sign_extend              = 0;

      next_to_mem_address              = cpu_address_in[12:1] + 1;
      next_to_mem_data_in              = {cpu_data_in[15:8], cpu_data_in[23:16]} ;
      next_to_mem_read_enable          = 0;
      next_to_mem_write_enable         = 1;

    end 
    
        
    STORE_WORD_UNALIGNED_6: begin
      next_interface_cpu_read_finished            = 0;
      next_interface_cpu_write_finished           = 0;
      next_interface_cpu_data_out   = 0;
      
      next_tmp_value_1              = tmp_value_1;
      next_tmp_value_2              = tmp_value_2;
      next_cpu_data_in              = cpu_data_in;
      next_cpu_address_in           = cpu_address_in;
      next_sign_extend              = 0;

      next_to_mem_address              = cpu_address_in[12:1] + 2;
      next_to_mem_data_in              = {cpu_data_in[31:24], tmp_value_2[7:0]} ;
      next_to_mem_read_enable          = 0;
      next_to_mem_write_enable         = 1;

    end 
    
    STORE_WORD_UNALIGNED_7: begin
      next_interface_cpu_read_finished            = 0;
      next_interface_cpu_write_finished           = 1;
      next_interface_cpu_data_out   = 0;
      
      next_tmp_value_1              = tmp_value_1;
      next_tmp_value_2              = tmp_value_2;
      next_cpu_data_in              = cpu_data_in;
      next_cpu_address_in           = cpu_address_in;
      next_sign_extend              = 0;

      next_to_mem_address              = 0;
      next_to_mem_data_in              = 0;
      next_to_mem_read_enable          = 0;
      next_to_mem_write_enable         = 0;

    end 

 // *******************************************************************************************  
	default: begin
	
      next_interface_cpu_read_finished            = 0;
      next_interface_cpu_write_finished           = 0;
      next_interface_cpu_data_out   = 0;
      
      next_tmp_value_1              = 0;
      next_tmp_value_2              = 0;
      next_cpu_data_in              = interface_cpu_data_in;
      next_cpu_address_in           = interface_cpu_address_in;
      next_sign_extend              = interface_cpu_sign_extend;

      
      next_to_mem_address              = 0;
      next_to_mem_data_in              = 0;
      next_to_mem_read_enable          = 0;
      next_to_mem_write_enable         = 0;
	end
   endcase
  end


  endmodule


// codes for word_type
`undef WORD
`undef HALFWORD
`undef BYTE
  
  // codes for alignment
`undef ALIGNED
`undef UNALIGNED